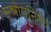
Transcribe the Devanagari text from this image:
मन्त्रोपनिषद